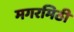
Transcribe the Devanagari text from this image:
मगरमिठी